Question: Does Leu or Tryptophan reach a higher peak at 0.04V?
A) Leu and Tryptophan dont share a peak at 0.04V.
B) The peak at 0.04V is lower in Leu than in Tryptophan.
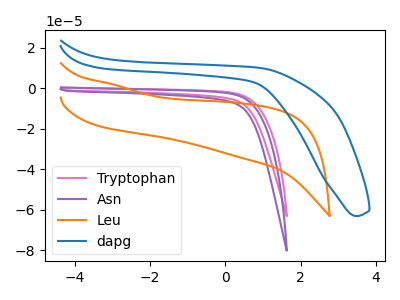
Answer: <think>The pink curve "Tryptophan" has no peaks. The purple curve "Asn" has no peaks. The orange curve "Leu" has no peaks. The blue curve "dapg" has no peaks.</think>
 <answer>A) "Leu" and "Tryptophan" dont share a peak at 0.04V.</answer>
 <eval>A</eval>